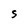
Character: S